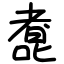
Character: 㗯